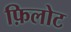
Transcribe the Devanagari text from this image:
फ़िलोट